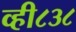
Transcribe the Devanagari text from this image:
व्ही८३८